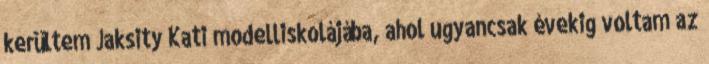
kerültem Jaksity Kati modelliskolájába, ahol ugyancsak évekig voltam az